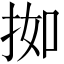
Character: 𫼰